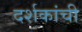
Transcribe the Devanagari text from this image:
दर्शकांची